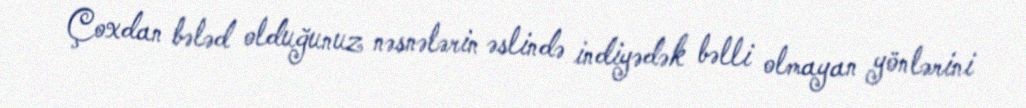
Çoxdan bələd olduğunuz nəsnələrin əslində indiyədək bəlli olmayan yönlərini